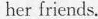
her friends.